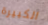
الكبيرة